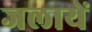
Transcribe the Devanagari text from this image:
जलायें